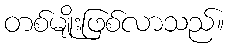
တစ်မျိုးဖြစ်လာသည်။